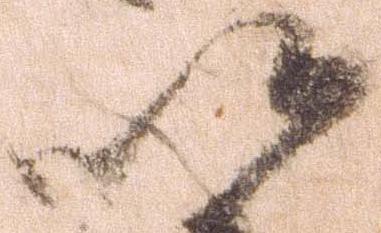
以